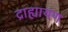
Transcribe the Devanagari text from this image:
द्राह्यायण